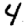
Digit: 4